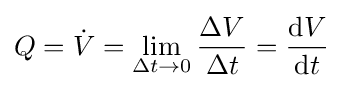
Q={\dot {V}}=\lim \limits _{\Delta t\to 0}{\frac {\Delta V}{\Delta t}}={\frac {\mathrm {d} V}{\mathrm {d} t}}